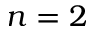
n = 2